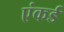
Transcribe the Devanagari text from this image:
एंकर्ड